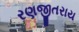
રણજીતરાય